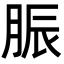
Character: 脤